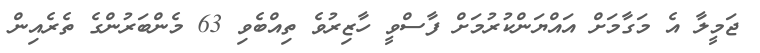
ޖަމީލާ އެ މަގާމަށް އައްޔަންކުރުމަށް ފާސްވީ ހާޒިރުވެ ތިއްބެވި 63 މެންބަރުންގެ ތެރެއިން